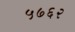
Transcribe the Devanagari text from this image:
५७६२